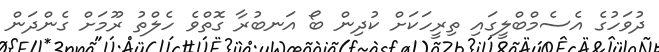
ދުވަހުގެ އެސެމްބްލީގައި ތިރީހަކަށް ކުދިން ބޯ އަނބުރާ ގޮތްވެ ހެލްތު ރޫމަށް ގެންދަން